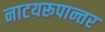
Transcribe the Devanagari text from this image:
नाटयरूपान्तर